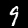
Digit: 9